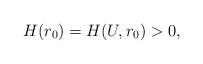
LaTeX: \begin{align*}H(r_0)= H(U, r_0) > 0,\end{align*}